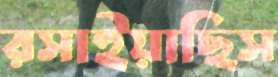
রসাইয়াছিস